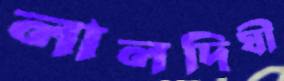
লালদিঘী